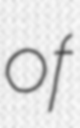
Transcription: of